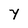
Character: Y